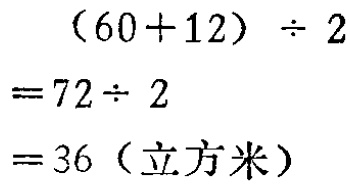
\[

\begin{align*}

(60 + 12)\div2&= 72\div2\\

&= 36 (\text{立方米})

\end{align*}

\]